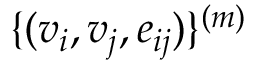
\{ ( v _ { i } , v _ { j } , e _ { i j } ) \} ^ { ( m ) }